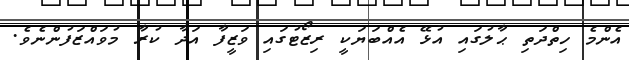
އެންމެ ހިތްދަތި ޙާލުގައި އުޅޭ އެއްބަޔަކީ ރިޒޯޓުގައި ވަޒީފާ އަދާ ކުރާ މުވައްޒަފުންނެވެ.